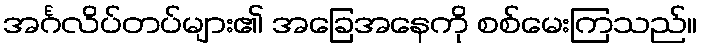
အင်္ဂလိပ်တပ်များ၏ အခြေအနေကို စစ်မေးကြသည်။